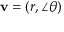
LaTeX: \mathbf { v } = ( r , \angle \theta )